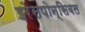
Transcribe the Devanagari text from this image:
इरेसपोन्सिबल